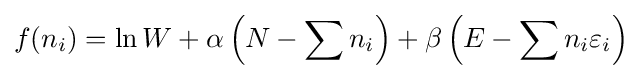
f(n_{i})=\ln W+\alpha \left(N-\sum n_{i}\right)+\beta \left(E-\sum n_{i}\varepsilon _{i}\right)